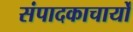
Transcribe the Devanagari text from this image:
संपादकाचार्यों